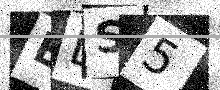
Text: ELS5